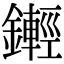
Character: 𨮫